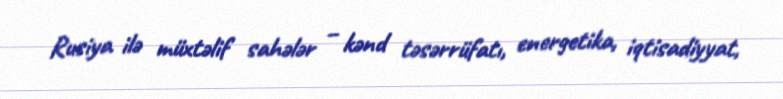
Rusiya ilə müxtəlif sahələr – kənd təsərrüfatı, energetika, iqtisadiyyat,